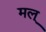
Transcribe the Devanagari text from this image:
मल्